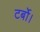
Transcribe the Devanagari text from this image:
टर्बो।